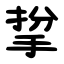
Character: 㧳